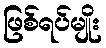
ဖြစ်ရပ်မျိုး